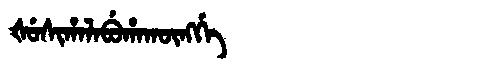
Manchu: ᡧᡠᠰᡳᡥᠠᠯᠠᠪᡠᡥᠠᡴᡡᠩᡤᡝ
Romanization: ŠUSIHALABUHAKŪNGGE